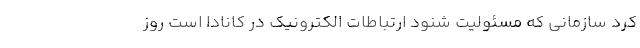
کرد سازمانی که مسئولیت شنود ارتباطات الکترونیک در کانادا است روز